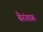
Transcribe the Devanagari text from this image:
बैरंगारू